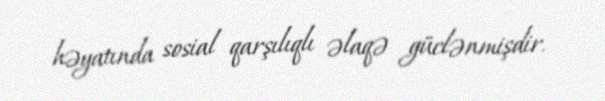
həyatında sosial qarşılıqlı əlaqə güclənmişdir.